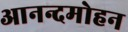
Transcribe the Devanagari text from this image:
आनन्दमोहन